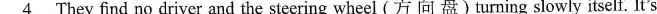
\underline{4}They find no driver and the steeringwheel(方向盘) turning slowly itself. It's